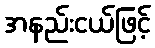
အနည်းငယ်ဖြင့်